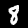
Label: 8